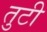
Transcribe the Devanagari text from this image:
तुटी